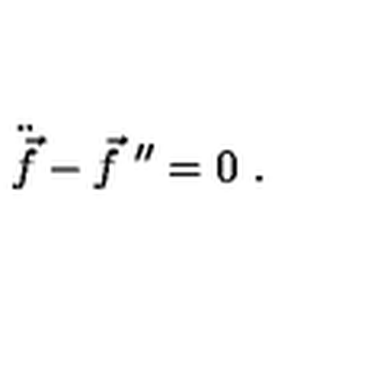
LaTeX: \ddot { \vec { f } } - \vec { f } ^ { \ \prime \prime } = 0 \ .